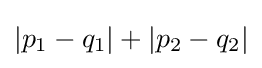
\left|p_{1}-q_{1}\right|+\left|p_{2}-q_{2}\right|